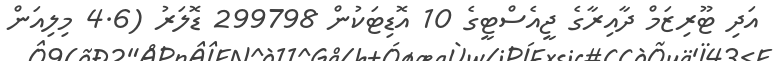
އަދި ޓޫރިޒަމް ދާއިރާގެ ޖީއެސްޓީގެ 10 އޮޑިޓަކުން 299798 ޑޮލަރު (4.6 މިލިއަން